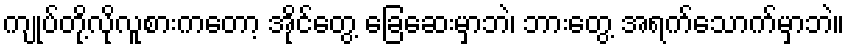
ကျုပ်တို့လိုလူစားကတော့ အိုင်တွေ့ ခြေဆေးမှာဘဲ၊ ဘားတွေ့ အရက်သောက်မှာဘဲ။